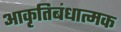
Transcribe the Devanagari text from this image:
आकृतिबंधात्मक